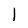
Character: 1